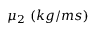
\mu _ { 2 } \mathrm { ~ } ( k g / m s )